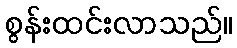
စွန်းထင်းလာသည်။